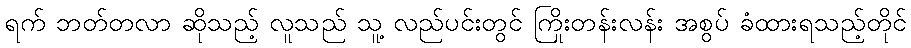
ရက် ဘတ်တလာ ဆိုသည့် လူသည် သူ့ လည်ပင်းတွင် ကြိုးတန်းလန်း အစွပ် ခံထားရသည့်တိုင်